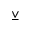
\veebar